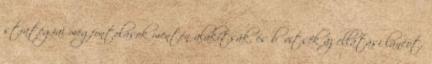
stratégiai megfontolások mentén alakítsák, és bővítsék az ellátási láncot,